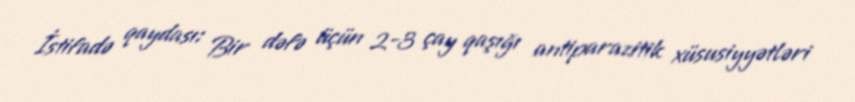
İstifadə qaydası: Bir dəfə üçün 2-3 çay qaşığı antiparazitik xüsusiyyətləri